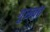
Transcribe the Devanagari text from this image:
गुरुवत